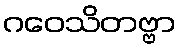
ဂဝေသိတဗ္ဗာ